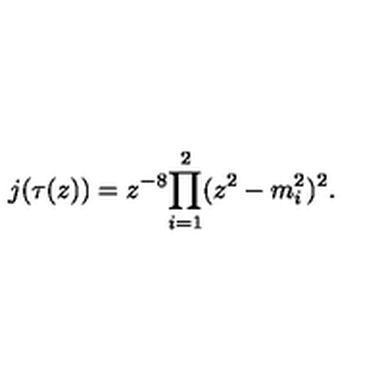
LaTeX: j ( \tau ( z ) ) = { z ^ { - 8 } } { \prod _ { i = 1 } ^ { 2 } ( z ^ { 2 } - m _ { i } ^ { 2 } ) ^ { 2 } } .